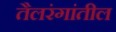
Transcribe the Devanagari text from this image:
तैलरंगांतील